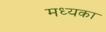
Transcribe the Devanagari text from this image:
मध्यका